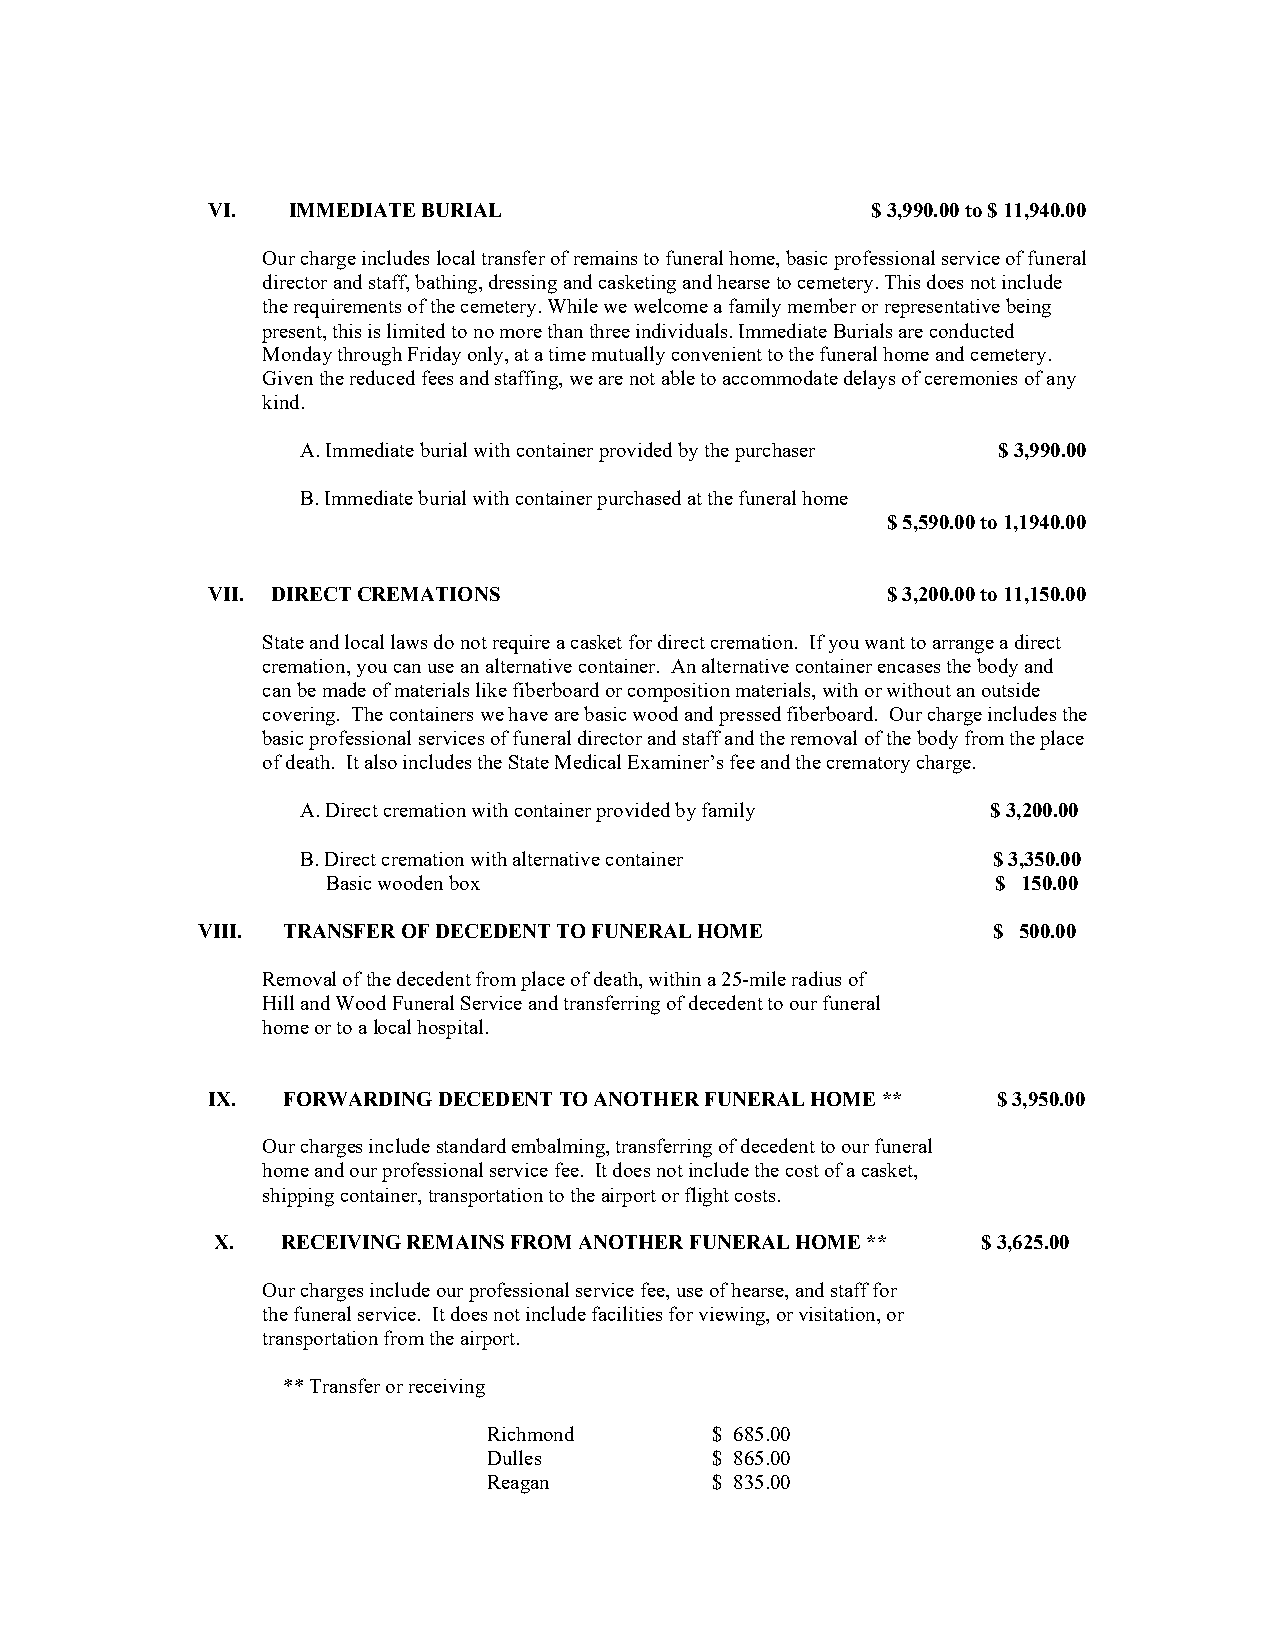
VI.  IMMEDIATE BURIAL                       $ 3,990.00 to $ 11,940.00
 Our charge includes local transfer of remains to funeral home, basic professional service of funeral
 director and staff, bathing, dressing and casketing and hearse to cemetery. This does not include
 the requirements of the cemetery. While we welcome a family member or representative being
 present, this is limited to no more than three individuals. Immediate Burials are conducted
 Monday through Friday only, at a time mutually convenient to the funeral home and cemetery.
 Given the reduced fees and staffing, we are not able to accommodate delays of ceremonies of any
 kind.
 A. Immediate burial with container provided by the purchaser $ 3,990.00
 B. Immediate burial with container purchased at the funeral home
 $ 5,590.00 to 1,1940.00
 VII. DIRECT CREMATIONS                       $ 3,200.00 to 11,150.00
 State and local laws do not require a casket for direct cremation. If you want to arrange a direct
 cremation, you can use an alternative container. An alternative container encases the body and
 can be made of materials like fiberboard or composition materials, with or without an outside
 covering. The containers we have are basic wood and pressed fiberboard. Our charge includes the
 basic professional services of funeral director and staff and the removal of the body from the place
 of death. It also includes the State Medical Examiner’s fee and the crematory charge.
 A. Direct cremation with container provided by family $ 3,200.00
 B. Direct cremation with alternative container $ 3,350.00
 Basic wooden box                            $ 150.00
 VIII. TRANSFER OF DECEDENT TO FUNERAL HOME           $ 500.00
 Removal of the decedent from place of death, within a 25-mile radius of
 Hill and Wood Funeral Service and transferring of decedent to our funeral
 home or to a local hospital.
 IX.  FORWARDING DECEDENT TO ANOTHER FUNERAL HOME ** $ 3,950.00
 Our charges include standard embalming, transferring of decedent to our funeral
 home and our professional service fee. It does not include the cost of a casket,
 shipping container, transportation to the airport or flight costs.
 X.   RECEIVING REMAINS FROM ANOTHER FUNERAL HOME ** $ 3,625.00
 Our charges include our professional service fee, use of hearse, and staff for
 the funeral service. It does not include facilities for viewing, or visitation, or
 transportation from the airport.
 ** Transfer or receiving
 Richmond       $ 685.00
 Dulles         $ 865.00
 Reagan         $ 835.00